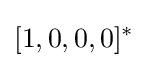
[1,0,0,0]^{*}